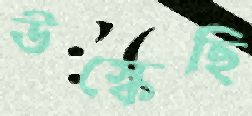
উস্‌কেছি